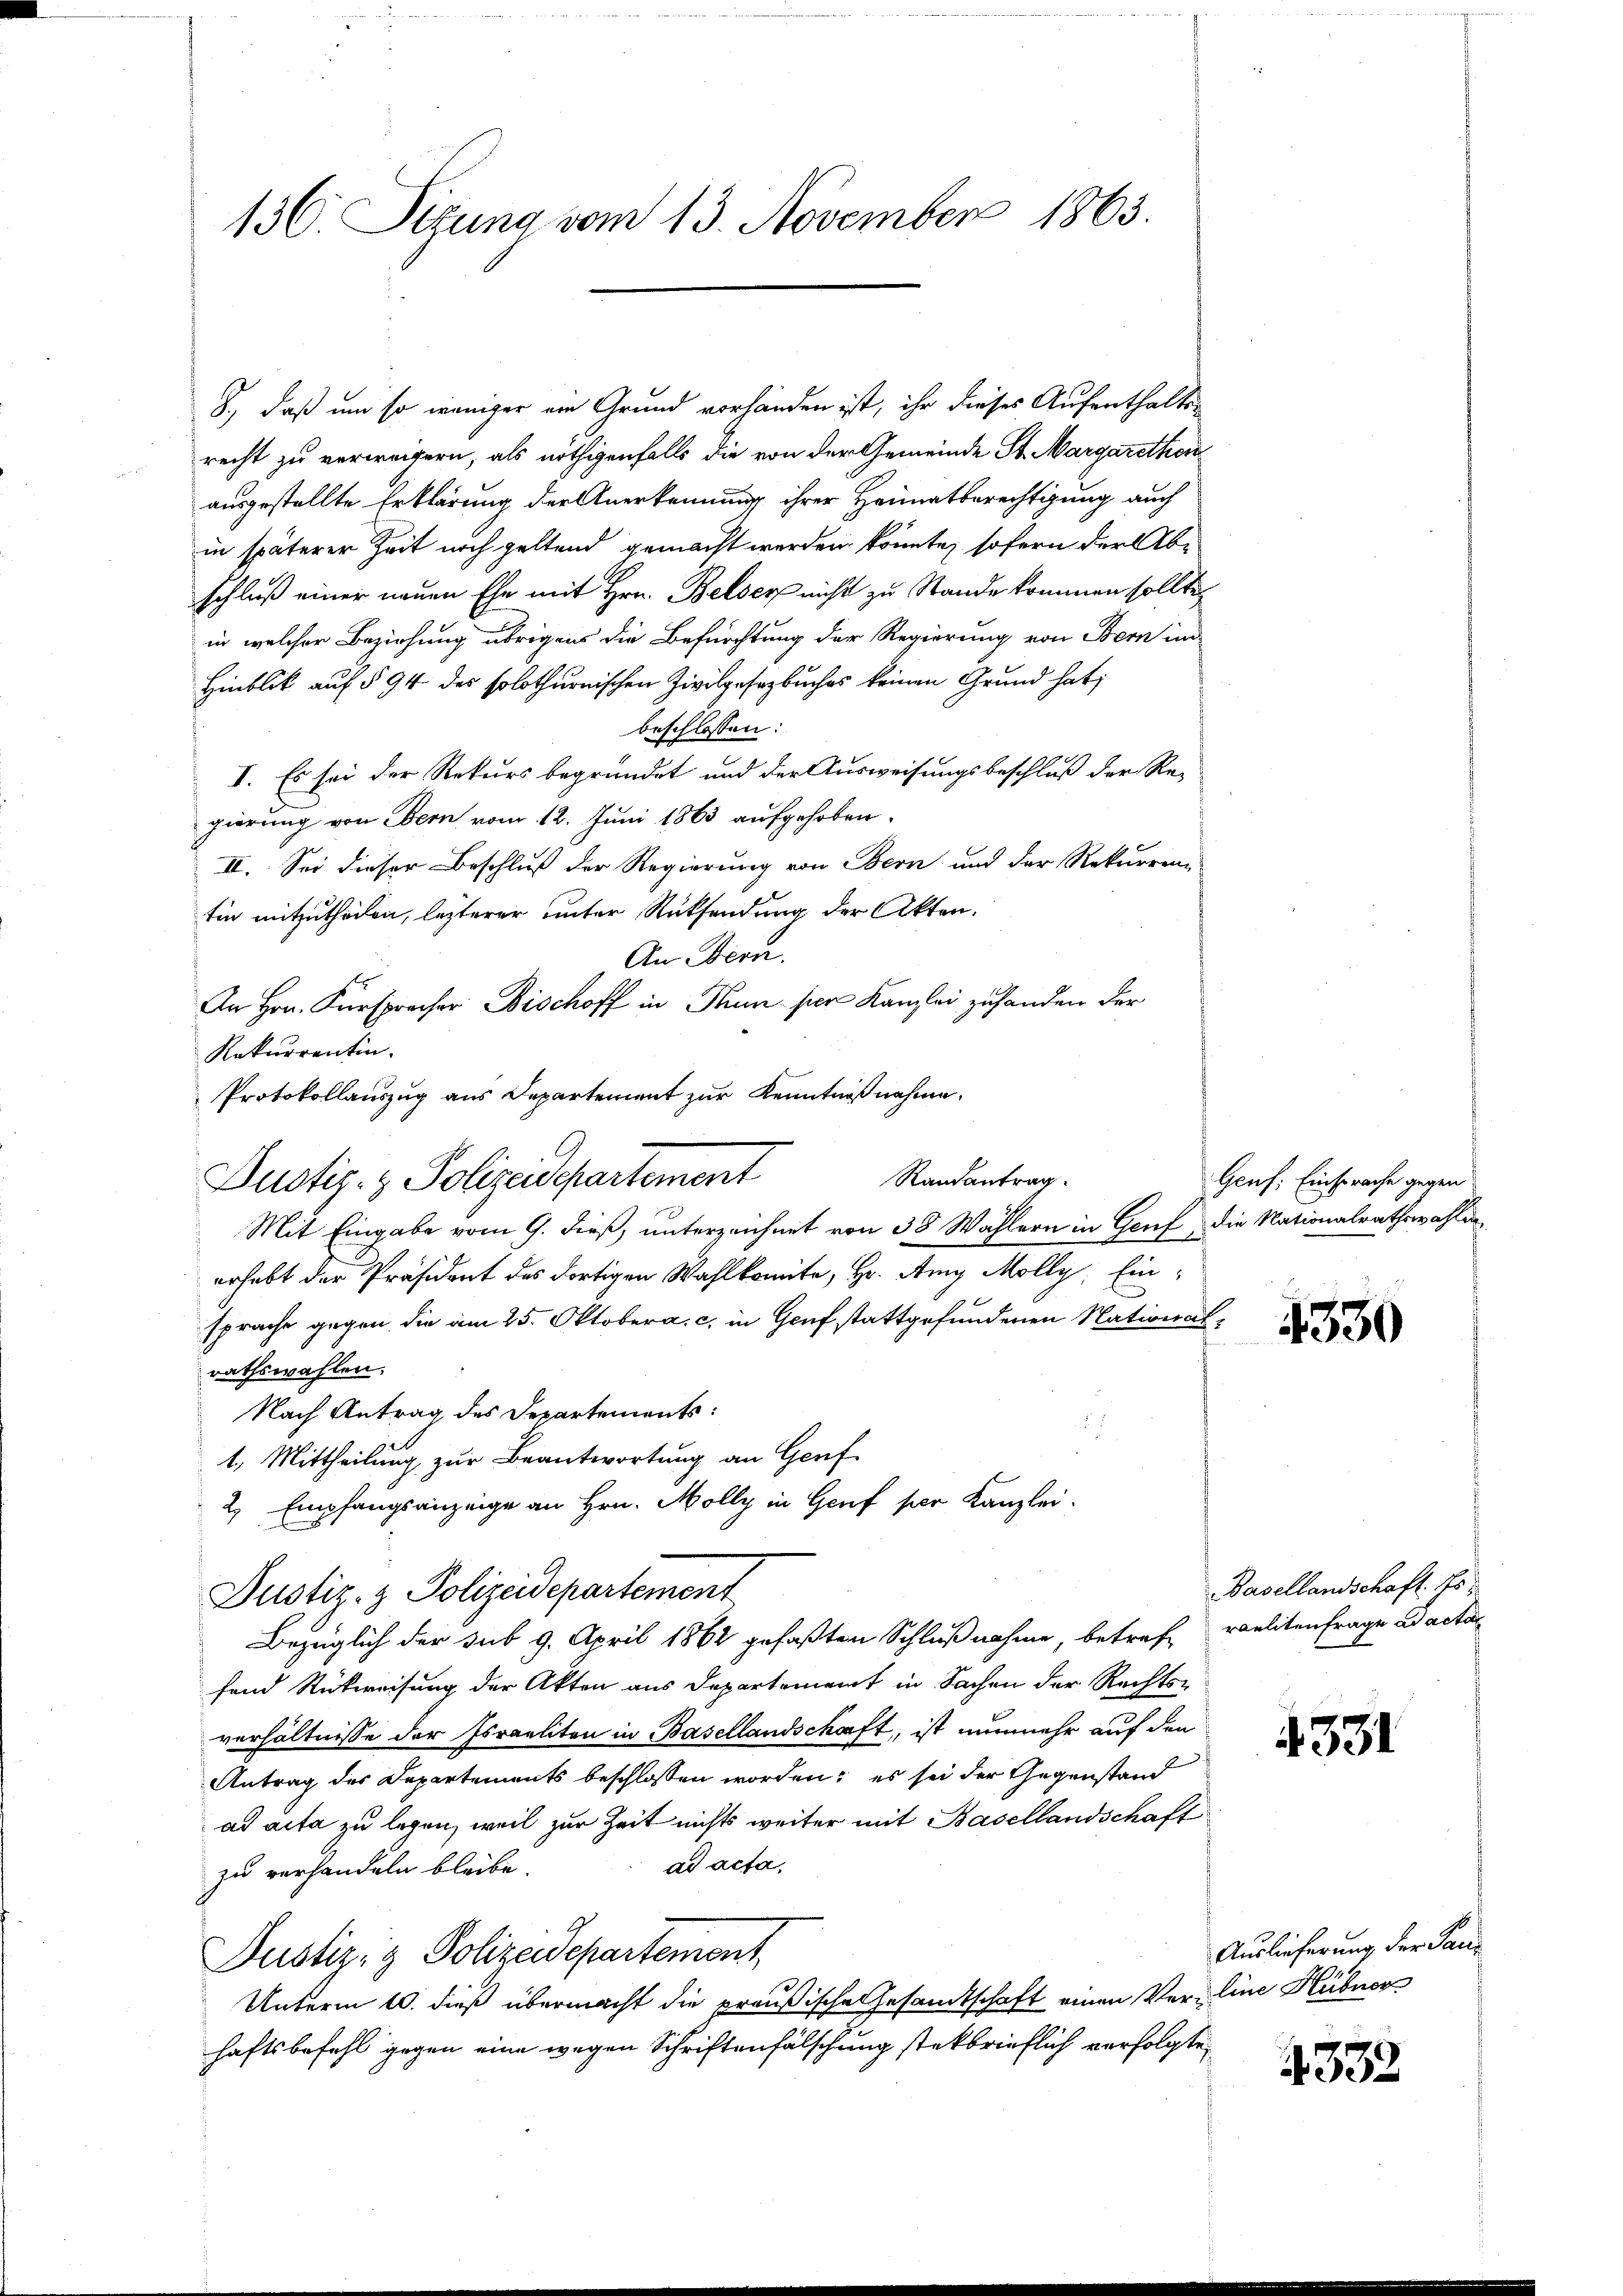
130. Situng vom 13. November 1863.

8., daß und so weniger ein Grund vorhanden ist, ihr dieses Aufenthalts-
recht zu verweigern, als nöthigenfalls die von der Gemeinde St. Margarethan
ausgestellte Erklärung der Anerkennung ihrer Heimatberechtigung auch
in späterer Zeit noch geltend gemacht werden könnte, sofern der Abschluß einer neuen Ehe mit Hrn. Belser nicht zu Stande kommen sollte,
in welcher Beziehung übrigens die Befürchtung der Regierung von Bern im
Hinblick auf § 94 des solothurnischen Zivilgesetzbuches keinen Grund hat;
beschlossen:
I. Es sei der Rekurs begründet und der Ausweisungsbeschluß der Re-
gierung von Bern vom 12. Juni 1863 aufgehoben.
II. Sei dieser Beschluß der Regierung von Bern und der Rekurrenz
tin mitzutheilen, lezterer unter Rücksendung der Akten.
An Bern.
An Hrn. Fürsprocher Bischoff in Thun per Kanzlei zuhanden der
Rekurrentin.
Protokollauszug aus Departement zur Kenntnißnahme.
Mit Eingabe vom 9. dieß, unterzeichnet von 38 Wählern in Genf die Nationalrathswahlen
erhebt der Präsident des dortigen Wahlkomite, Hr. Am Molly, Einsprache gegen die am 25. Oktober a. c. in Genf stattgefundenen Nationalrathswahlen.
Nach Antrag des Departements
1. Mittheilung zur Beantwortung an Genf
2. Empfangsanzeige an Hrn. Molly in Genf per Kanzlei.
Justiz- & Polizeidepartement
Bezüglich der sub 9. April 1862 gefaßten Schlußnahme, betref-
fend Rückweisung der Akten aus Departement in Sachen der Rechtsverhältnisse der Israeliten in Basellandschaft, ist nunmehr auf den
Antrag des Departements beschlossen worden; es sei der Gegenstand
ad acta zu legen, weil zur Zeit nichts weiter mit Basellandschaft
ad acta,
zu verhandeln bleibe.
Justiz- & Polizeidepartement,
Unterm 10. dieß übermacht die preußische Gesandtschaft einen Verline Hübner
haftsbefehl gegen eine wegen Schriftenfälschung stekbrieflich verfolgte,

Justiz- & Polizeidepartement

Randantrag.

Genf; Einsprache gegen

4330

Basellandschaft. Es
raelitenfrage ad acta

4331

Auslieferung der Sau¬

4332